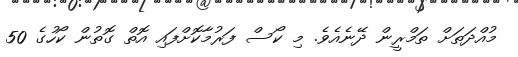
މުއްދަތަށް ތަމްރީން ދޭނެއެވެ. މި ކޯސް ފަރުމާކޮށްފައި އޮތް ގޮތުން ކޯހުގެ 50